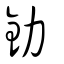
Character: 釛